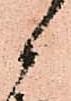
候